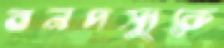
বনদস্যুকে